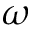
\omega